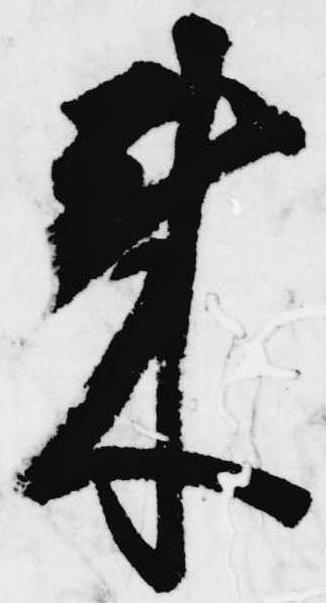
来